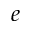
e